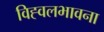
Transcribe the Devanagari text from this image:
विह्वलभावना